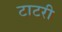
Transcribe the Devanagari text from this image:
टाटरी